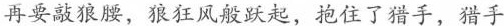
再要敲狼腰，狼狂风般跃起，抱住了猎手，猎手